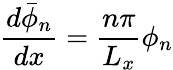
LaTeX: \frac{d\bar{\phi}_{n}}{dx}=\frac{n\pi}{L_{x}}\phi_{n}